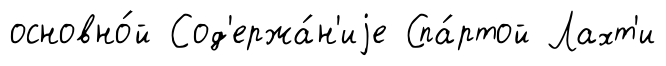
основно́й Сод'ержа́н'иjе Спа́ртой Лахт'и